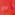
داج